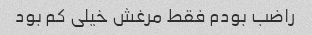
راضب بودم فقط مرغش خیلی کم بود